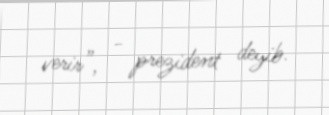
verir”, - prezident deyib.